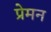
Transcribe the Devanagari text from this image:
प्रेमन